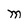
Character: M